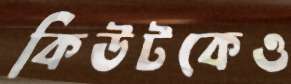
কিউটকেও